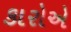
કારોએ